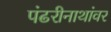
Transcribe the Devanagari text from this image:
पंढरीनाथांवर